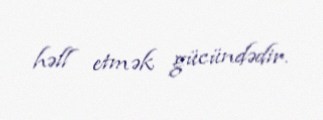
həll etmək gücündədir.